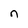
Character: n